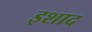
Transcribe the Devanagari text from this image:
इशाद